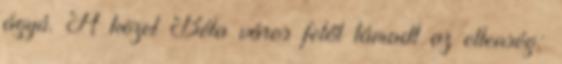
ágyú. A közel Béla város felől támadt az ellenség: